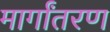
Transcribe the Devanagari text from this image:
मार्गांतरण